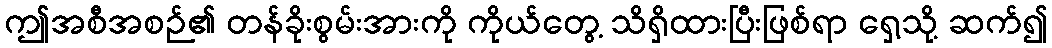
ဤအစီအစဉ်၏ တန်ခိုးစွမ်းအားကို ကိုယ်တွေ့ သိရှိထားပြီးဖြစ်ရာ ရှေ့သို့ ဆက်၍